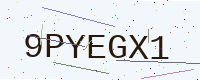
Text: 9PYEGX1